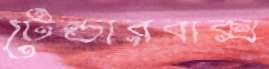
টেন্ডারবাক্স